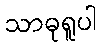
သာဓုရူပါ